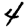
Digit: 4